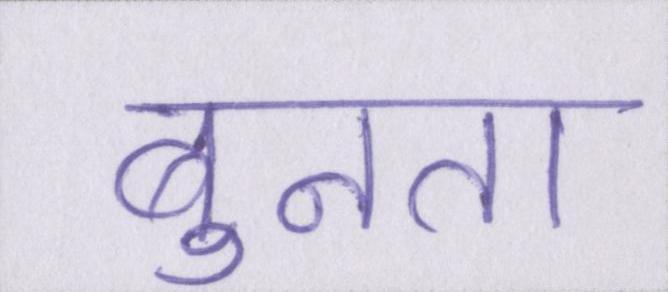
बुनता